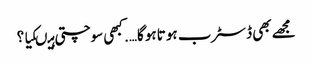
مجھے بھی ڈسٹرب ہو تاہو گا…. کبھی سوچتی ہیںکیا ؟